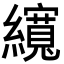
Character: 𦆼